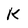
Character: K